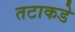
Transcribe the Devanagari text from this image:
तटाकडे